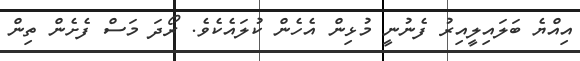
އިއްޔެ ބަލައިލީއިރު ފެނުނީ މުޅިން އެހެން ކުލައެކެވެ. ރޯދަ މަސް ފެށެން ތިން